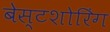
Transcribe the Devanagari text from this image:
बेस्टशोरिंग